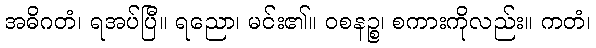
အဓိဂတံ၊ ရအပ်ပြီ။ ရညော၊ မင်း၏။ ဝစနဉ္စ၊ စကားကိုလည်း။ ကတံ၊